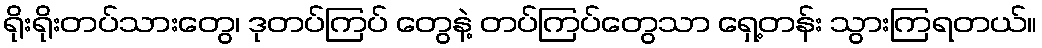
ရိုးရိုးတပ်သားတွေ၊ ဒုတပ်ကြပ် တွေနဲ့ တပ်ကြပ်တွေသာ ရှေ့တန်း သွားကြရတယ်။